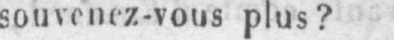
souvenez-vous plus?